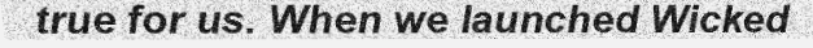
true for us. When we launched Wicked